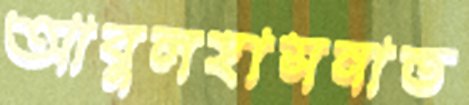
আবুলহাসনাত